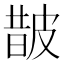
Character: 皵